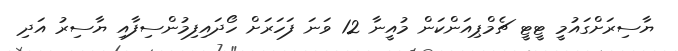
ޔާސިރަށްގައުމީ ޓީޓީ ޗެމްޕިއަންކަން މުއީނާ 12 ވަނަ ފަހަރަށް ހޯދައިފިމުންސިފާއި ޔާސިރު އަދި